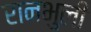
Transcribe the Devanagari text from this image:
रानभुली